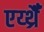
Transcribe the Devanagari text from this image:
एर्य्थ्रैँ